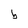
Character: b